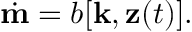
\begin{array} { r } { \dot { \bf m } = b [ { \bf k } , { \bf z } ( t ) ] . } \end{array}